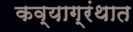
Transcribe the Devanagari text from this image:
कव्याग्रंथात